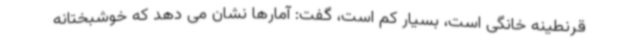
قرنطینه خانگی است، بسیار کم است، گفت: آمارها نشان می دهد که خوشبختانه